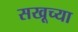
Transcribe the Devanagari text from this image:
सखूच्या